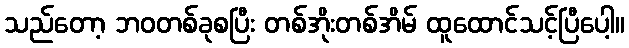
သည်တော့ ဘဝတစ်ခုစပြီး တစ်အိုးတစ်အိမ် ထူထောင်သင့်ပြီပေါ့။